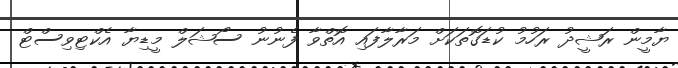
ޔާމީން ރަޝީދު ރަހުމު ކުޑަގޮތަކަށް މަރާލާފައި އޮތްވާ ފެނުނު ސޯޝަލް މީޑިޔާ އެކްޓިވިސްޓް